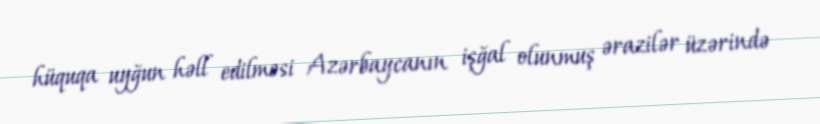
hüquqa uyğun həll edilməsi Azərbaycanın işğal olunmuş ərazilər üzərində